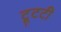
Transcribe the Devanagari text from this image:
टूटटी